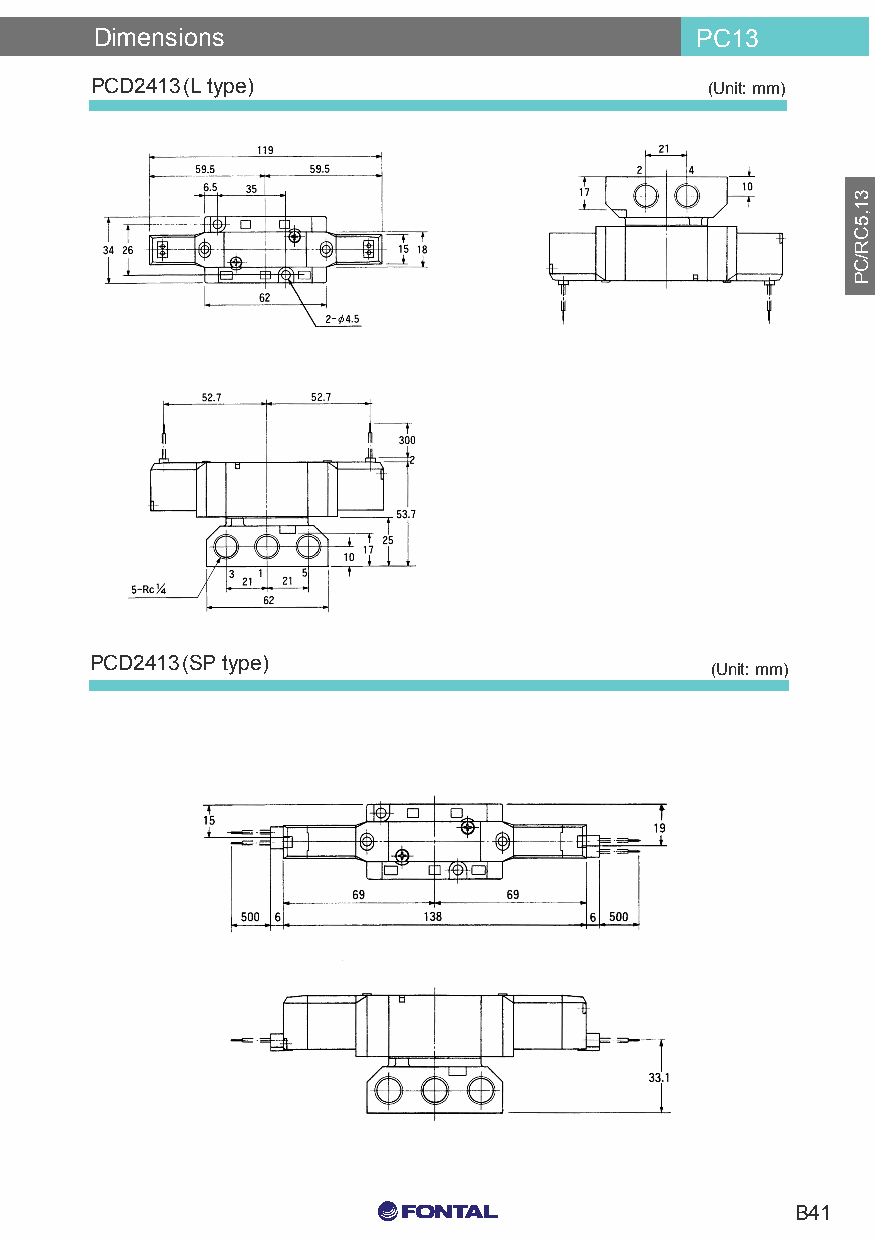
Dimensions                              PC13
 PCD2413(L type)                          (Unit: mm)
 PCD2413(SP type)
 (Unit: mm)
 C0 M0 Y15 K15
 B41
 C0 M0 Y0 K100
 C0 M0 Y0 K0
 31,5CR/CP